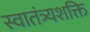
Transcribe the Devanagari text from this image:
स्वातंत्र्यशक्ति